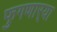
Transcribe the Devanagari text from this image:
फुगणार्‍या